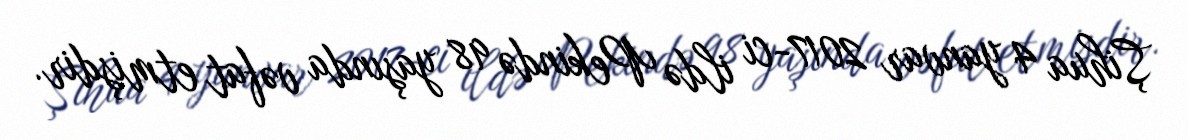
Şihua 4 yanvar 2017-ci ildə Pekində 98 yaşında vəfat etmişdir.